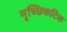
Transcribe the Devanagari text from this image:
मृच्छिकटिक